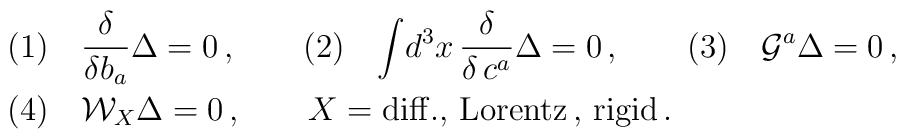
\begin{array}{l}(1)\quad {\displaystyle{\frac{\delta}{\delta b_a}}}\Delta =0\,,\qquad(2)\quad \displaystyle{\int} d^3x\,{\displaystyle{\frac{\delta}{\delta \,c^a}}}\Delta =0\,,\qquad (3)\quad {\cal G}^a\Delta =0\,, \\[3mm] (4)\quad {\cal W}_X\Delta =0\,,\qquad X={\rm diff.,\,Lorentz\,,\,rigid}\,.\end{array}